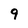
Character: 9